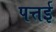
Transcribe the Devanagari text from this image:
पत्तई